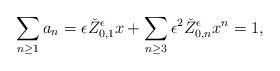
LaTeX: \begin{align*}\sum_{n\geq 1} a_n = \epsilon\check{Z}_{0,1}^{\epsilon} x +\sum_{n\geq 3} \epsilon^2 \check{Z}_{0,n}^{\epsilon} x^n = 1,\end{align*}